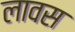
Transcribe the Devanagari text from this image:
लावस